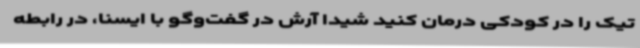
تیک را در کودکی درمان کنید شیدا آرش در گفت‌وگو با ایسنا، در رابطه